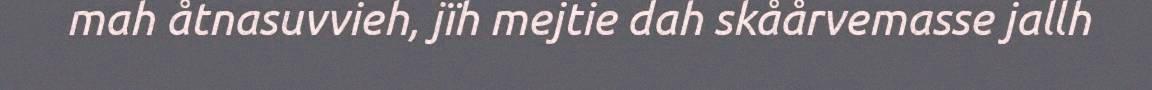
mah åtnasuvvieh, jïh mejtie dah skåårvemasse jallh